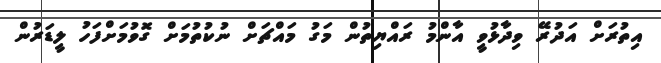
އިތުރަށް އަދުރޭ ވިދާޅުވީ އާންމު ރައްޔިތުން މަގު މައްޗަށް ނުކުތުމަށް ގޮވުމަށްފަހު ލީޑަރުން